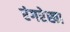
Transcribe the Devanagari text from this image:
रंगरेखा